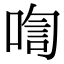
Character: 𪡡